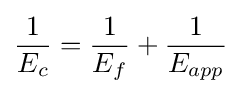
{\frac {1}{E_{c}}}={\frac {1}{E_{f}}}+{\frac {1}{E_{app}}}